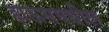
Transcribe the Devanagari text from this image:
हाऊसमधील